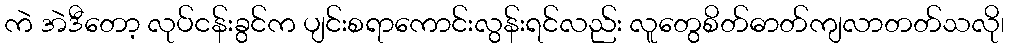
ကဲ အဲဒီတော့ လုပ်ငန်းခွင်က ပျင်းစရာကောင်းလွန်းရင်လည်း လူတွေစိတ်ဓာတ်ကျလာတတ်သလို၊